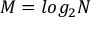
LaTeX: M = l o g _ { 2 } N